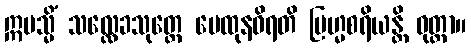
ဣမသ္မိံ သလ္လေခသုတ္တေ မေထုနဝိရတိ ဗြဟ္မစရိယန္တိ ဝုတ္တာ။